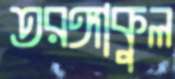
তরঙ্গাকুল